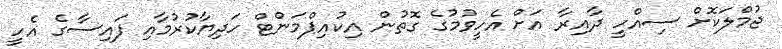
ޖުމްލަކޮށް ސިއްހީ ދާއިރާ އަށް އެހީވުމުގެ ގޮތުން އިކުއިޕްމަންޓް ހަދިޔާކުރުމާއި ފައިސާގެ އެހީ